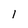
Character: 1